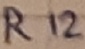
Text: R12